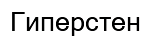
Гиперстен